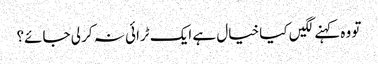
تو وہ کہنے لگیں کیا خیال ہے ایک ٹرائی نہ کر لی جائے؟